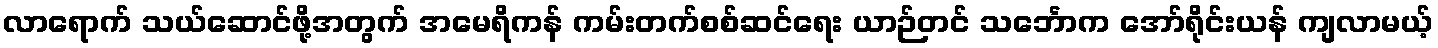
လာရောက် သယ်ဆောင်ဖို့အတွက် အမေရိကန် ကမ်းတက်စစ်ဆင်ရေး ယာဉ်တင် သင်္ဘောက အော်ရိုင်းယန် ကျလာမယ့်